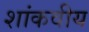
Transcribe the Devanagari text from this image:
शांकवीय